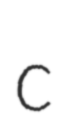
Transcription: c